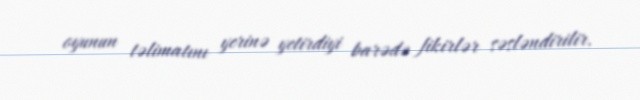
oyunun təlimatını yerinə yetirdiyi barədə fikirlər səsləndirilir.